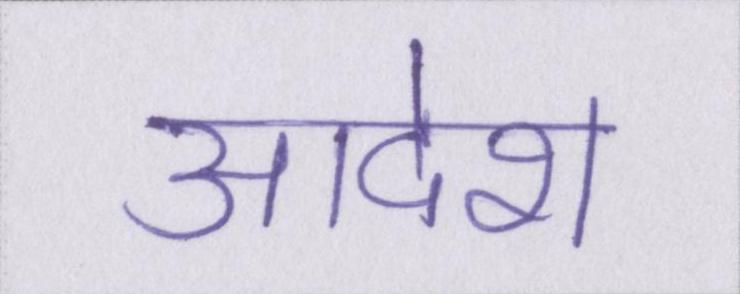
आदेश